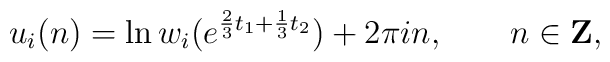
u_i(n)=\ln w_i(e^{\frac{2}{3}t_1+\frac{1}{3}t_2})+2\pi i n,\qquad n \in {\bf Z},